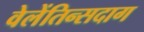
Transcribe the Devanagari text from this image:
वेलेंतिन्सदाग